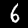
Digit: 6